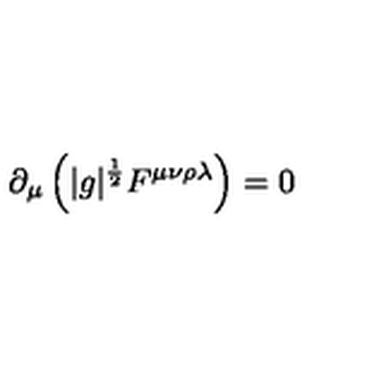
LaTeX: \partial _ { \mu } \left( | g | ^ { \frac { 1 } { 2 } } F ^ { \mu \nu \rho \lambda } \right) = 0